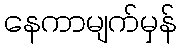
နေကာမျက်မှန်